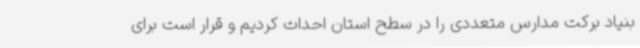
بنیاد برکت مدارس متعددی را در سطح استان احداث کردیم و قرار است برای